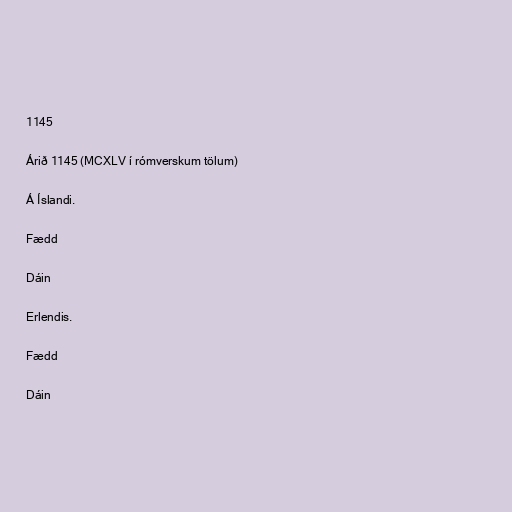
1145

Árið 1145 (MCXLV í rómverskum tölum)

Á Íslandi.

Fædd

Dáin

Erlendis.

Fædd

Dáin